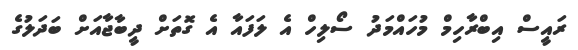
ރައީސް އިބްރާހިމް މުހައްމަދު ސޯލިހް އެ ލަފައާ އެ ގޮތަށް ދީބާޖާއަށް ބަދަލުގެ